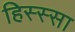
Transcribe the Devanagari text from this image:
हिस्स्सा